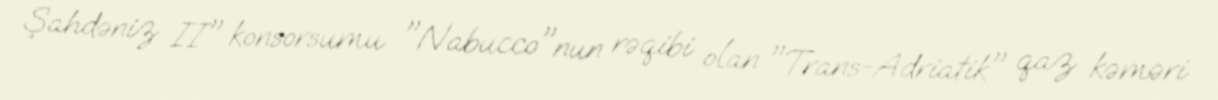
Şahdəniz II" konsorsumu "Nabucco"nun rəqibi olan "Trans-Adriatik" qaz kəməri